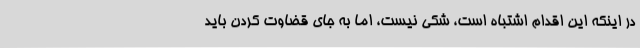
در اینکه این اقدام اشتباه است، شکی نیست، اما به جای قضاوت کردن باید